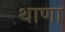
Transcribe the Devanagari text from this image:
थाणा